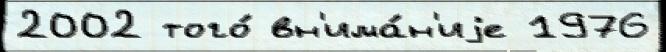
2002 того́ вн'има́н'иjе 1976